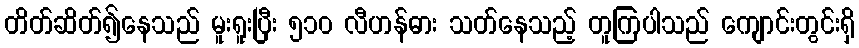
တိတ်ဆိတ်၍နေသည် မူးရူးပြီး ၅၁၀ လီဟန်ဓား သတ်နေသည့် တူကြပါသည် ကျောင်းတွင်းရှိ